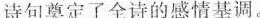
诗句奠定了全诗的感情基调。